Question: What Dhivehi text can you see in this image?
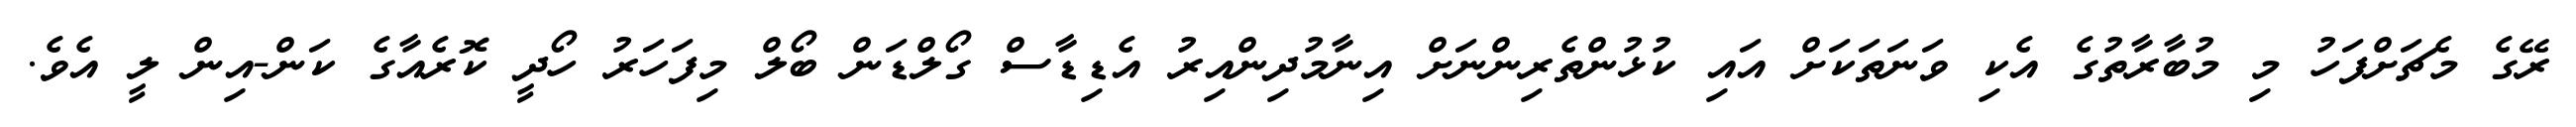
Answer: ރޭގެ މެޗަށްފަހު މި މުބާރާތުގެ އެކި ވަނަތަކަށް އައި ކުޅުންތެރިންނަށް އިނާމުދިންއިރު އެޑިޑާސް ގޯލްޑަން ބޯލް މިފަހަރު ހޯދީ ކޮރެއާގެ ކަން-އިން ލީ އެވެ.